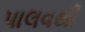
પાલવથી